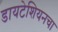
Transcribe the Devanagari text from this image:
डायटेशियनचा